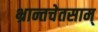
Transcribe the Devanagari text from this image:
भ्रान्तचेतसाम्